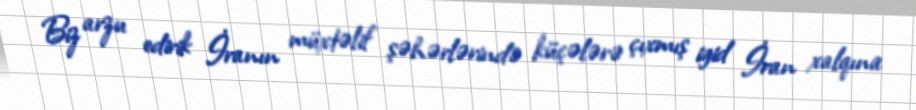
Biz arzu edirik İranın müxtəlif şəhərlərində küçələrə çıxmış igid İran xalqına